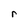
Character: r